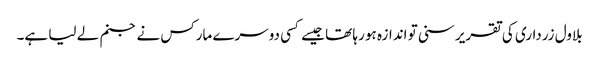
بلاول زرداری کی تقریر سنی تو اندازہ ہو رہا تھا جیسے کسی دوسرے مارکس نے جنم لے لیا ہے۔